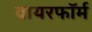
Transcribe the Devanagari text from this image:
वायरफॉर्म